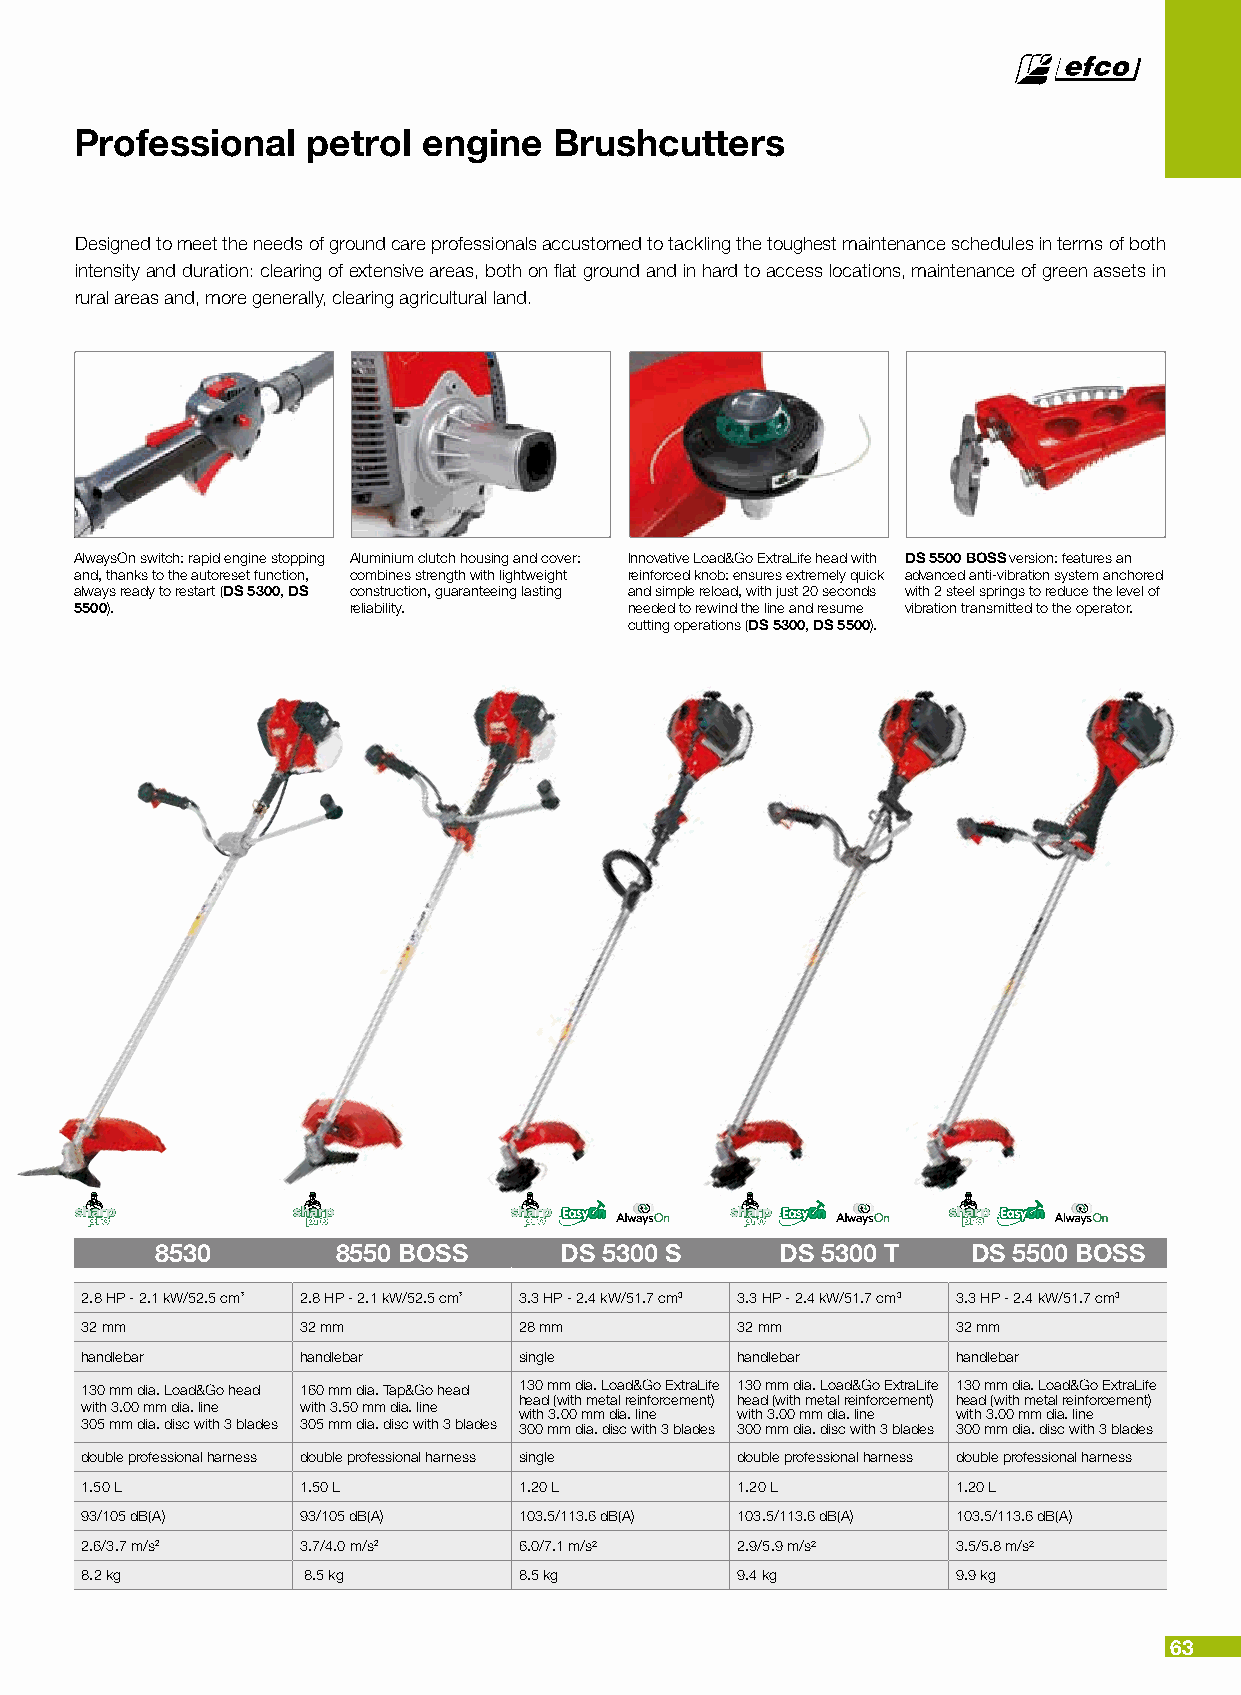
Professional   petrol  engine   Brushcutters
 Designed to meet the needs of ground care professionals accustomed to tackling the toughest maintenance schedules in terms of both
 intensity and duration: clearing of extensive areas, both on flat ground and in hard to access locations, maintenance of green assets in
 rural areas and, more generally, clearing agricultural land.
 AlwaysOn switch: rapid engine stopping Aluminium clutch housing and cover: Innovative Load&Go ExtraLife head with DS 5500 BOSS version: features an
 and, thanks to the autoreset function, combines strength with lightweight reinforced knob: ensures extremely quick advanced anti-vibration system anchored
 always ready to restart (DS 5300, DS construction, guaranteeing lasting and simple reload, with just 20 seconds with 2 steel springs to reduce the level of
 5500).            reliability.       needed to rewind the line and resume vibration transmitted to the operator.
 cutting operations (DS 5300, DS 5500).
 8530        8550 BOSS      DS 5300 S      DS 5300 T   DS 5500 BOSS
 2.8 HP - 2.1 kW/52.5 cm³ 2.8 HP - 2.1 kW/52.5 cm³ 3.3 HP - 2.4 kW/51.7 cm3 3.3 HP - 2.4 kW/51.7 cm3 3.3 HP - 2.4 kW/51.7 cm3
 32 mm          32 mm         28 mm          32 mm         32 mm
 handlebar      handlebar     single         handlebar     handlebar
 130 mm dia. Load&Go head 160 mm dia. Tap&Go head 130 mm dia. Load&Go ExtraLife 130 mm dia. Load&Go ExtraLife 130 mm dia. Load&Go ExtraLife
 head (with metal reinforcement) head (with metal reinforcement) head (with metal reinforcement)
 with 3.00 mm dia. line with 3.50 mm dia. line
 with 3.00 mm dia. line with 3.00 mm dia. line with 3.00 mm dia. line
 305 mm dia. disc with 3 blades 305 mm dia. disc with 3 blades 300 mm dia. disc with 3 blades 300 mm dia. disc with 3 blades 300 mm dia. disc with 3 blades
 double professional harness double professional harness single double professional harness double professional harness
 1.50 L         1.50 L        1.20 L         1.20 L        1.20 L
 93/105 dB(A)   93/105 dB(A)  103.5/113.6 dB(A) 103.5/113.6 dB(A) 103.5/113.6 dB(A)
 2.6/3.7 m/s2   3.7/4.0 m/s2  6.0/7.1 m/s²   2.9/5.9 m/s²  3.5/5.8 m/s²
 8.2 kg         8.5 kg        8.5 kg         9.4 kg        9.9 kg
 63